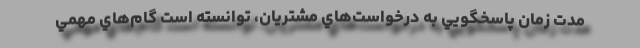
مدت زمان پاسخگويي به درخواست‌هاي مشتريان، توانسته است گام‌هاي مهمي